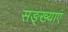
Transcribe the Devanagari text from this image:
सङ्ख्याएं